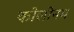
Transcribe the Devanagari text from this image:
कोलोनम